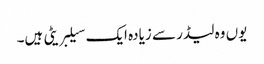
یوں وہ لیڈر سے زیادہ ایک سیلبریٹی ہیں۔